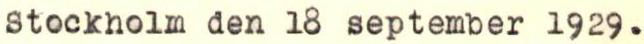
Stockholm den 18 september 1929.